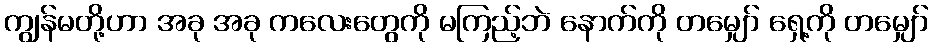
ကျွန်မတို့ဟာ အခု အခု ကလေးတွေကို မကြည့်ဘဲ နောက်ကို တမျှော် ရှေ့ကို တမျှော်